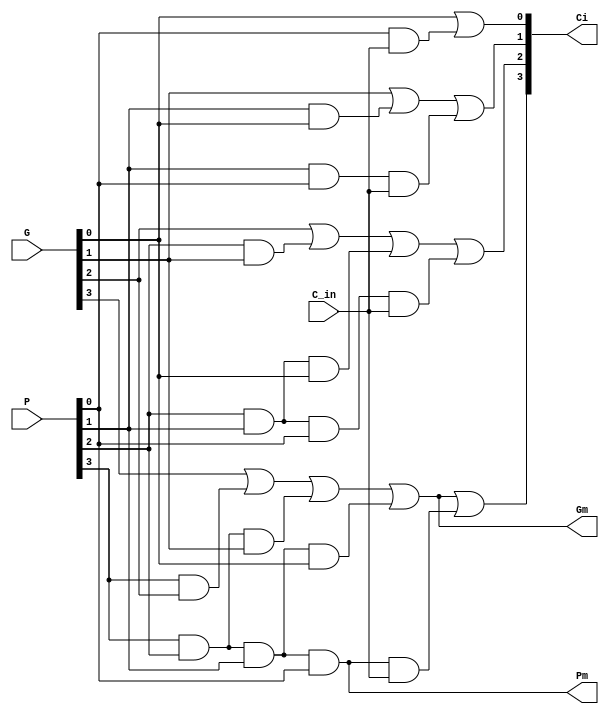
//4CLA
module carry_ahead_adder4_cla(
		input [3:0] P,
		input [3:0] G,
		input C_in,
		output [3:0] Ci,
		output Gm,
		output Pm
	);
assign Ci[0]=G[0]|P[0]&C_in;
assign Ci[1]=G[1]|P[1]&G[0]|P[1]&P[0]&C_in;
assign Ci[2]=G[2]|P[2]&G[1]|P[2]&P[1]&G[0]|P[2]&P[1]&P[0]&C_in;
assign Ci[3]=G[3]|P[3]&G[2]|P[3]&P[2]&G[1]|P[3]&P[2]&P[1]&G[0]|P[3]&P[2]&P[1]&P[0]&C_in;

assign Gm=G[3]|P[3]&G[2]|P[3]&P[2]&G[1]|P[3]&P[2]&P[1]&G[0];
assign Pm=P[3]&P[2]&P[1]&P[0];
endmodule